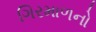
ગિરમાળનો